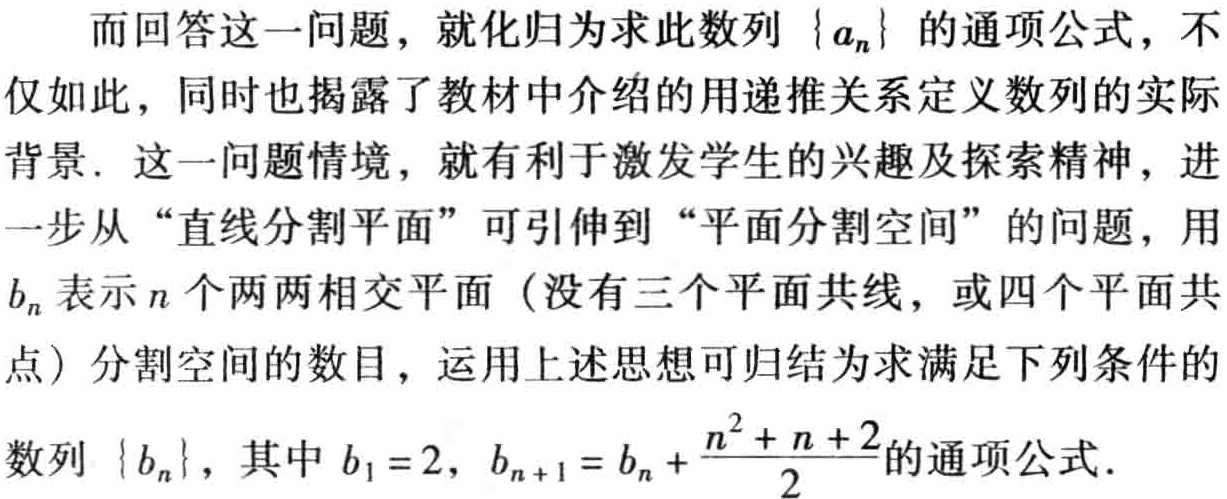
而回答这一问题，就化归为求此数列\(\{ a_{n}\}\)的通项公式，不仅如此，同时也揭露了教材中介绍的用递推关系定义数列的实际背景. 这一问题情境，就有利于激发学生的兴趣及探索精神，进一步从“直线分割平面”可引伸到“平面分割空间”的问题，用\(b_{n}\)表示\(n\)个两两相交平面（没有三个平面共线，或四个平面共点）分割空间的数目，运用上述思想可归结为求满足下列条件的数列\(\{ b_{n}\}\)，其中\(b_{1}=2\)，\(b_{n + 1}=b_{n}+\frac{n^{2}+n + 2}{2}\)的通项公式.